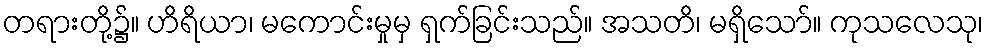
တရားတို့၌။ ဟိရိယာ၊ မကောင်းမှုမှ ရှက်ခြင်းသည်။ အသတိ၊ မရှိသော်။ ကုသလေသု၊